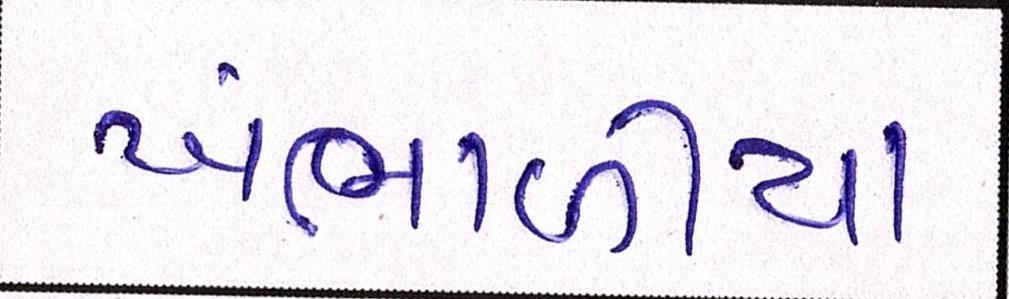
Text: ખંભાળિયા